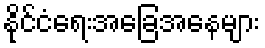
နိုင်ငံရေးအခြေအနေများ